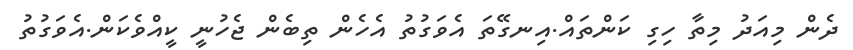
ދެން މިއަދު މިތާ ހިގި ކަންތައް.އިނގޭތަ އެވަގުތު އެހެން ތިބެން ޖެހުނީ ކީއްވެކަން.އެވަގުތު